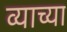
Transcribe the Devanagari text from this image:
व्याच्या